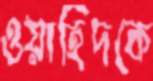
ওয়াহিদকে